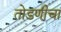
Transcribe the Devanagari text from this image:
तोडणीचा